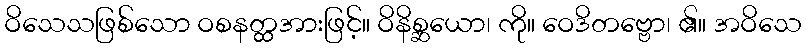
ဝိသေသဖြစ်သော ဝစနတ္ထအားဖြင့်။ ဝိနိစ္ဆယော၊ ကို။ ဝေဒိတဗ္ဗော၊ ၏။ အဝိသေ